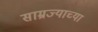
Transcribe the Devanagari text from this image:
साम्रज्याच्या